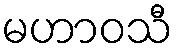
မဟာဝသီ